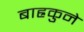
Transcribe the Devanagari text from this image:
बाह्रकुने